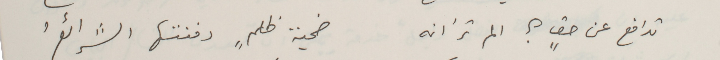
تدافع عن حقٍ؟ الم ترَ انه               ضحية ظلمٍ دفنتها الشرائعُ